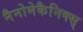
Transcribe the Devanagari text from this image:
नैनोमेकैनिक्स्